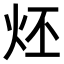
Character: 𤇨